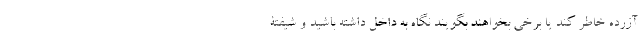
آزرده خاطر کند یا برخی بخواهند بگویند نگاه به داخل داشته باشید و شیفتۀ